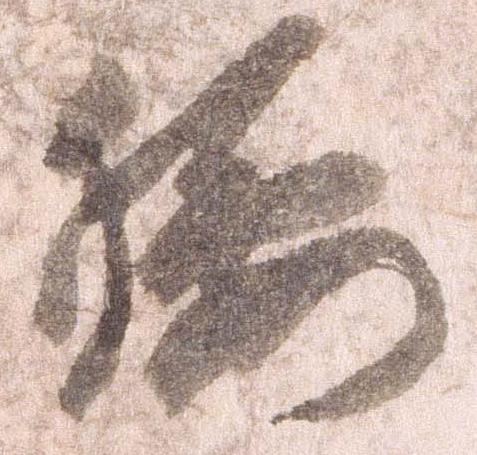
腰